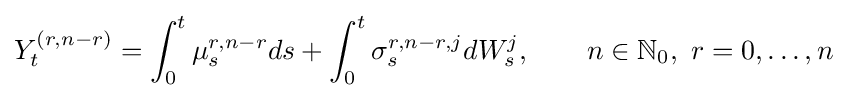
Y_{t}^{(r,n-r)}=\int _{0}^{t}\mu _{s}^{r,n-r}ds+\int _{0}^{t}\sigma _{s}^{r,n-r,j}dW_{s}^{j},\qquad n\in \mathbb {N} _{0},\ r=0,\dots ,n